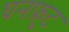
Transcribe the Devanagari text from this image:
घनफ़ुट